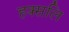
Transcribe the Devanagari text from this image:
हक्सलि